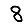
Digit: 8